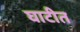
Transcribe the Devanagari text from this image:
घाटीत